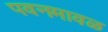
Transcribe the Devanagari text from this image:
पवनमावळ